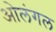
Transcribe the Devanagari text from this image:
ओलंगल